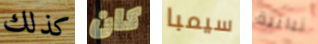
كذلك كان سيمبا نباتية